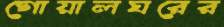
গোয়ালঘরের